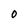
Character: O